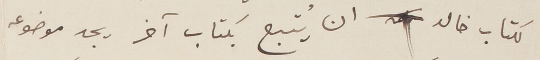
لكتاب خالد ان يُتبع بكتاب آخر يجد موضوعه